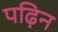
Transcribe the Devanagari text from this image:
पढ़िन